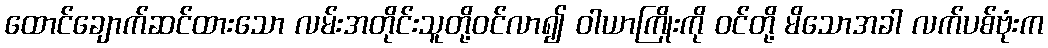
ထောင်ချောက်ဆင်ထားသော လမ်းအတိုင်းသူတို့ဝင်လာ၍ ဝါယာကြိုးကို ဝင်တို့ မိသောအခါ လက်ပစ်ဗုံးက